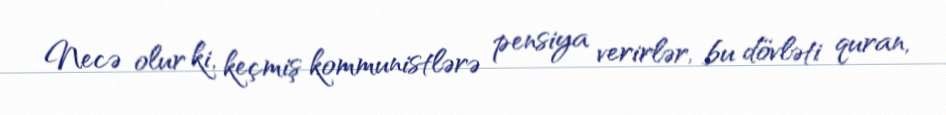
Necə olur ki, keçmiş kommunistlərə pensiya verirlər, bu dövləti quran,